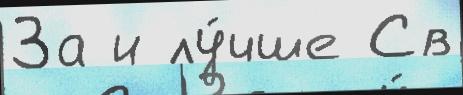
За и лу́чше Св